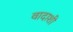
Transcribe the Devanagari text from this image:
वादाशी